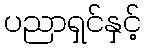
ပညာရှင်နှင့်